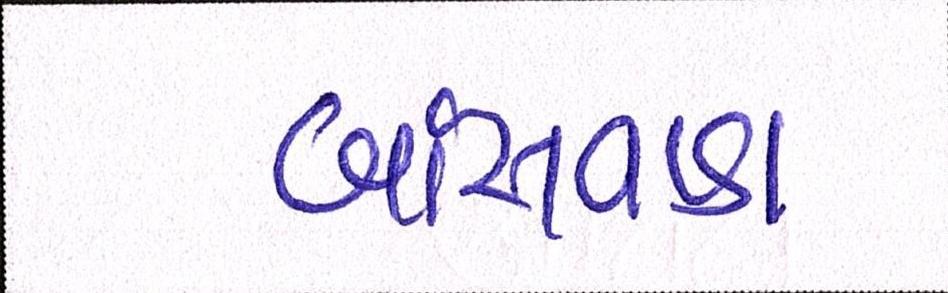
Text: બાંસવાડા